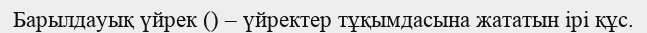
Барылдауық үйрек () – үйректер тұқымдасына жататын ірі құс.